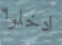
ادخلوا